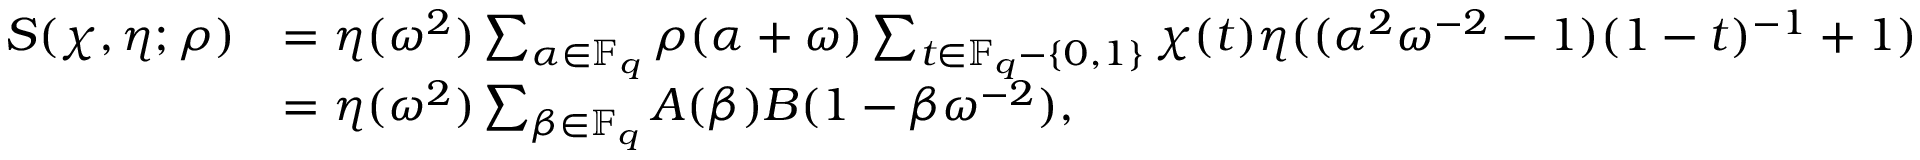
\begin{array} { r l } { S ( \chi , \eta ; \rho ) } & { = \eta ( \omega ^ { 2 } ) \sum _ { \alpha \in \mathbb { F } _ { q } } \rho ( \alpha + \omega ) \sum _ { t \in \mathbb { F } _ { q } - \{ 0 , 1 \} } \chi ( t ) \eta ( ( \alpha ^ { 2 } \omega ^ { - 2 } - 1 ) ( 1 - t ) ^ { - 1 } + 1 ) } \\ & { = \eta ( \omega ^ { 2 } ) \sum _ { \beta \in \mathbb { F } _ { q } } A ( \beta ) B ( 1 - \beta \omega ^ { - 2 } ) , } \end{array}